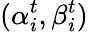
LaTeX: (\alpha_{i}^{t},\beta_{i}^{t})